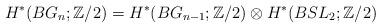
LaTeX: \begin{align*}H^{*}(BG_n;\mathbb{Z}/2)=H^{*}(BG_{n-1};\mathbb{Z}/2)\otimes H^{*}(B{SL_2};\mathbb{Z}/2)\end{align*}